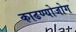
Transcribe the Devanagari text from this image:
काढण्योजोग